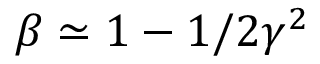
\beta \simeq 1 - 1 / 2 \gamma ^ { 2 }